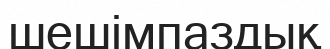
шешімпаздық